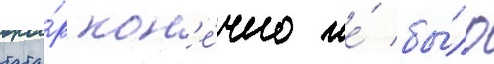
тата́р кон'е́чно же́ бы́ло